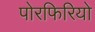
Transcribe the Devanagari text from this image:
पोरफिरियो